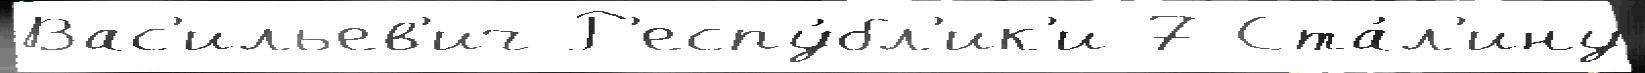
Вас'ильев'ич Р'еспу́бл'ик'и 7 Ста́л'ину